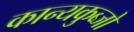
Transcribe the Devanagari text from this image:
कान्यकुब्जो